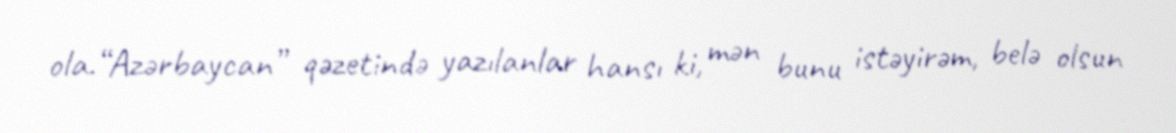
ola.“Azərbaycan” qəzetində yazılanlar hansı ki, mən bunu istəyirəm, belə olsun